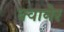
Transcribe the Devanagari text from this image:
क्वानेर